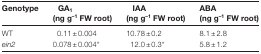
<table><thead><tr><td><b>Genotype</b></td><td><b>GA<sub>1</sub> (ng g<sup>–1</sup> FW root)</b></td><td><b>IAA (ng g<sup>–1</sup> FW root)</b></td><td><b>ABA (ng g<sup>–1</sup> FW root)</b></td></tr></thead><tbody><tr><td>WT</td><td>0.11±0.004</td><td>10.78±0.2</td><td>8.1±2.8</td></tr><tr><td><i>ein2</i></td><td>0.078±0.004*</td><td>12.0±0.3*</td><td>5.8±1.2</td></tr></tbody></table>